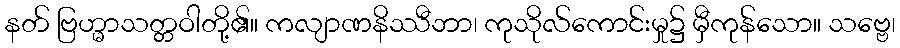
နတ် ဗြဟ္မာသတ္တဝါတို့၏။ ကလျာဏနိဿီဘာ၊ ကုသိုလ်ကောင်းမှု၌ မှီကုန်သော။ သဗ္ဗေ၊